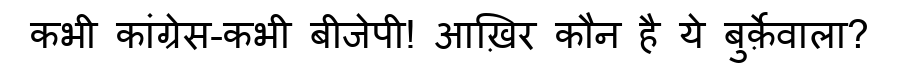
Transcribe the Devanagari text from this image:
कभी कांग्रेस-कभी बीजेपी! आख़िर कौन है ये बुर्क़ेवाला?